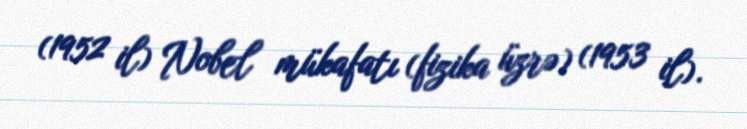
(1952 il) Nobel mükafatı (fizika üzrə) (1953 il).